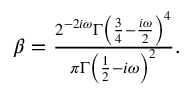
\begin{array} { r } { \beta = \frac { 2 ^ { - 2 i \omega } \Gamma \left( \frac { 3 } { 4 } - \frac { i \omega } { 2 } \right) ^ { 4 } } { \pi \Gamma \left( \frac { 1 } { 2 } - i \omega \right) ^ { 2 } } . } \end{array}